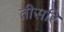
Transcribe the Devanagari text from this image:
तीसरि